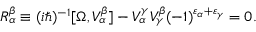
R _ { \alpha } ^ { \beta } \equiv ( i \hbar ) ^ { - 1 } [ \Omega , V _ { \alpha } ^ { \beta } ] - V _ { \alpha } ^ { \gamma } V _ { \gamma } ^ { \beta } ( - 1 ) ^ { \varepsilon _ { \alpha } + \varepsilon _ { \gamma } } = 0 .